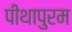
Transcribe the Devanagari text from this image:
पीथापुरम